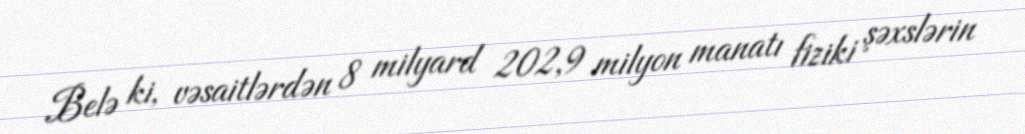
Belə ki, vəsaitlərdən 8 milyard 202,9 milyon manatı fiziki şəxslərin